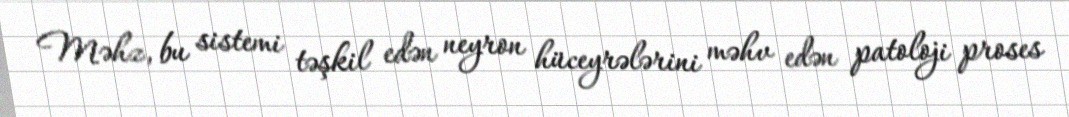
Məhz, bu sistemi təşkil edən neyron hüceyrələrini məhv edən patoloji proses